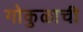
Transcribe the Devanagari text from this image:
गोकुळाची